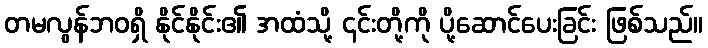
တမလွန်ဘဝရှိ နိုင်နိုင်း၏ အထံသို့ ၎င်းတို့ကို ပို့ဆောင်ပေးခြင်း ဖြစ်သည်။